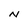
Character: N